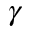
\gamma